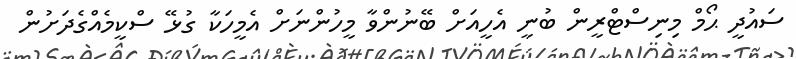
ސައުދީ ޙޯމް މިނިސްޓްރީން ބުނީ އެހީއަށް ބޭނުންވާ މީހުންނަށް އެމީހަކާ ގުޅޭ ސްކީމެއްގެދަށުން